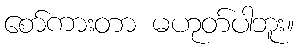
စော်ကားတာ မဟုတ်ပါဘူး။